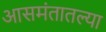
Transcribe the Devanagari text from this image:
आसमंतातल्या